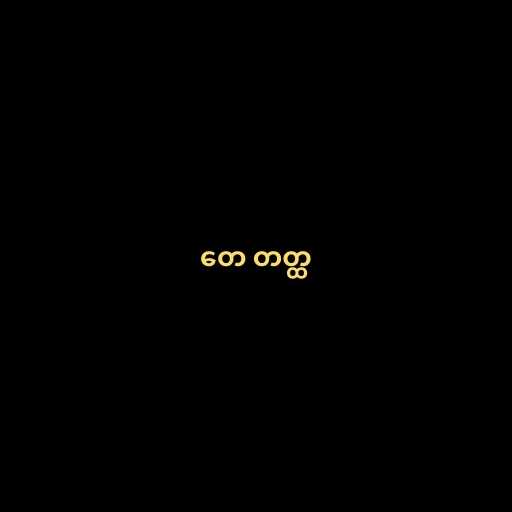
တေ တတ္ထ